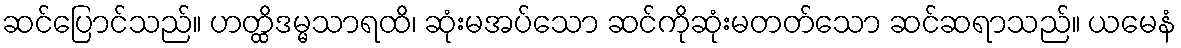
ဆင်ပြောင်သည်။ ဟတ္ထိဒမ္မသာရထိ၊ ဆုံးမအပ်သော ဆင်ကိုဆုံးမတတ်သော ဆင်ဆရာသည်။ ယမေနံ